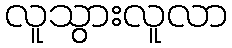
လူသွားလူလာ